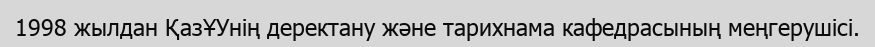
1998 жылдан ҚазҰУнің деректану және тарихнама кафедрасының меңгерушісі.